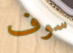
سوف